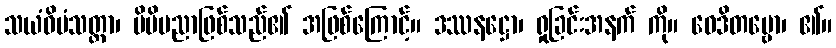
သယံဝိမံသတ္တာ၊ မိမိပညာဖြစ်သည်၏ အဖြစ်ကြောင့်။ ဒဿနဋ္ဌော၊ ရှုခြင်းအနက် ကို။ ဝေဒိတဗ္ဗော၊ ၏။